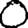
Digit: 0